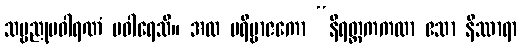
သဗ္ဗညုပဝါရဏံ ပဝါရေသိ။ အထ ပရိဗ္ဗာဇကော “နိရတ္ထကကထာ ဧသာ နိဿာရာ